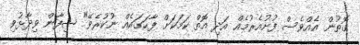
ގޮތުން އެއްވެސް ފުށުއެރުމެއް އަދި އޮތް ކަމަކަށް ފާހަގައެއް ނުކުރެވޭ" ޝިފާން ވިދާޅުވި